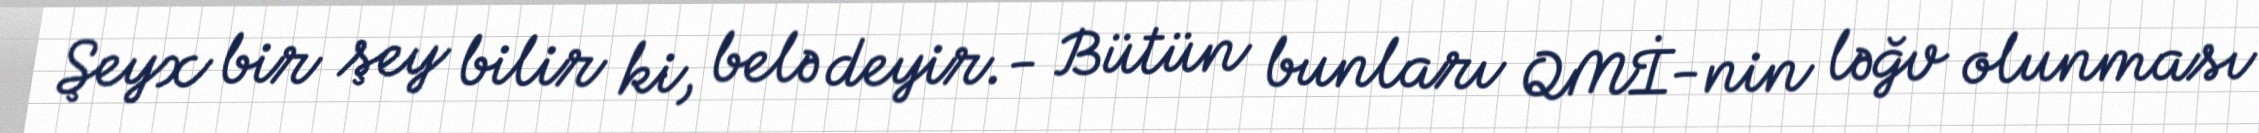
Şeyx bir şey bilir ki, belə deyir.- Bütün bunları QMİ-nin ləğv olunması